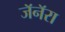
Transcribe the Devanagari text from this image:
जॅनॅरा